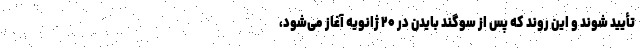
تأیید شوند و این روند که پس از سوگند بایدن در ۲۰ ژانویه آغاز می‌شود،